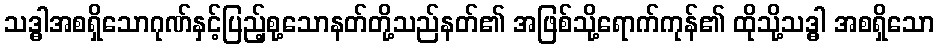
သဒ္ဓါအစရှိသောဂုဏ်နှင့်ပြည့်စု့သောနတ်တို့သည်နတ်၏ အဖြစ်သို့ရောက်ကုန်၏ ထိုသို့သဒ္ဓါ အစရှိသော